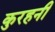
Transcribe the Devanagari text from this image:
कुरहनी